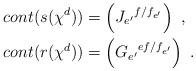
LaTeX: \begin{align*}cont(s(\chi^d))&=\Big({J_{e'}}^{f/f_{e'}}\Big)\enspace,\\cont(r(\chi^d))&=\Big({G_{e'}}^{ef/f_{e'}}\Big)\enspace.\end{align*}